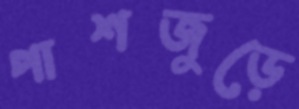
পাশজুড়ে